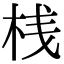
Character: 桟